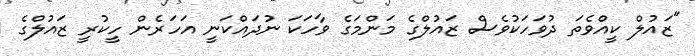
"ޒައުލް ކީއްވެތަ ދުވަހަކުވެސް ޒައުލްގެ މަންމަގެ ވާހަކަ ނުދައްކަނީ އަހަރެން ހީކުރީ ޒައުލްގެ